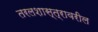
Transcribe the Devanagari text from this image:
तरलशास्त्रावरील